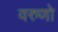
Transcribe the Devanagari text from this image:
वरुणो